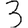
Digit: 3